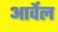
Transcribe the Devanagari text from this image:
आर्वेल